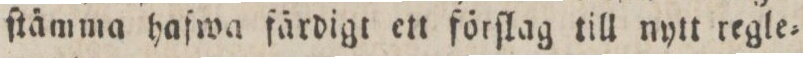
ſtämma hafwa färdigt ett förſlag till nytt regle=